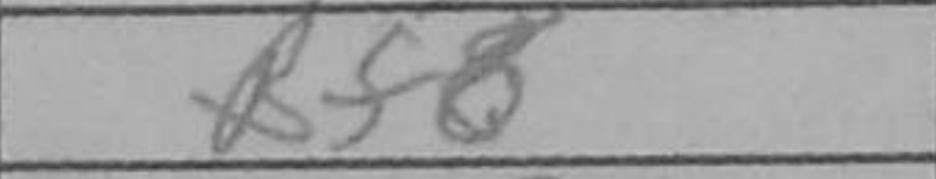
Transcription: Bf8